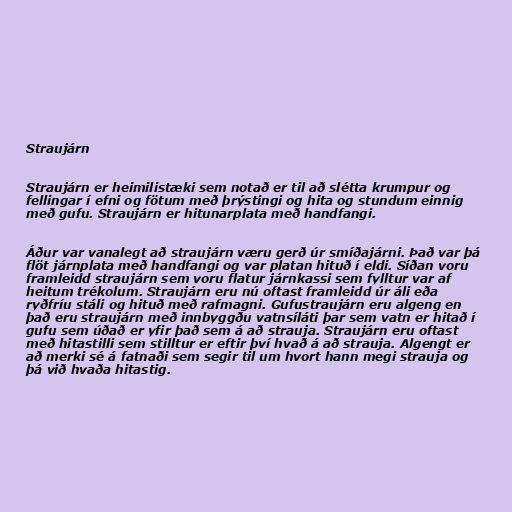
Straujárn

Straujárn er heimilistæki sem notað er til að slétta krumpur og
fellingar í efni og fötum með þrýstingi og hita og stundum einnig
með gufu. Straujárn er hitunarplata með handfangi.

Áður var vanalegt að straujárn væru gerð úr smíðajárni. Það var þá
flöt járnplata með handfangi og var platan hituð í eldi. Síðan voru
framleidd straujárn sem voru flatur járnkassi sem fylltur var af
heitum trékolum. Straujárn eru nú oftast framleidd úr áli eða
ryðfríu stáli og hituð með rafmagni. Gufustraujárn eru algeng en
það eru straujárn með innbyggðu vatnsíláti þar sem vatn er hitað í
gufu sem úðað er yfir það sem á að strauja. Straujárn eru oftast
með hitastilli sem stilltur er eftir því hvað á að strauja. Algengt er
að merki sé á fatnaði sem segir til um hvort hann megi strauja og
þá við hvaða hitastig.